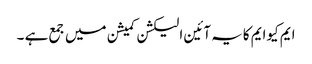
ایم کیوایم کایہ آئین الیکشن کمیشن میں جمع ہے ۔